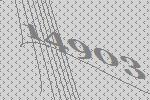
14903